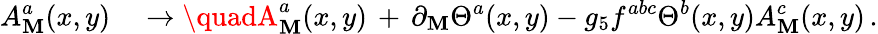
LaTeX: A_{\mathbf{M}}^{a}(x,y)\quad\to\quadA_{\mathbf{M}}^{a}(x,y)\, +\, \partial_{\mathbf{M}}\Theta^{a}(x,y)-g_{5}f^{abc}\Theta^{b}(x,y)A_{\mathbf{M}}^{c}(x,y)\, .